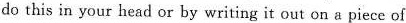
do this in your head or by writing it out on a piece of